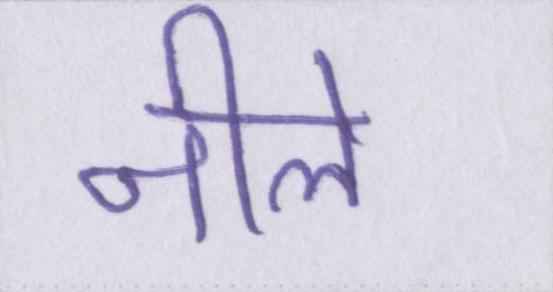
नीले